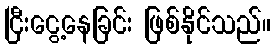
ငြီးငွေ့နေခြင်း ဖြစ်နိုင်သည်။